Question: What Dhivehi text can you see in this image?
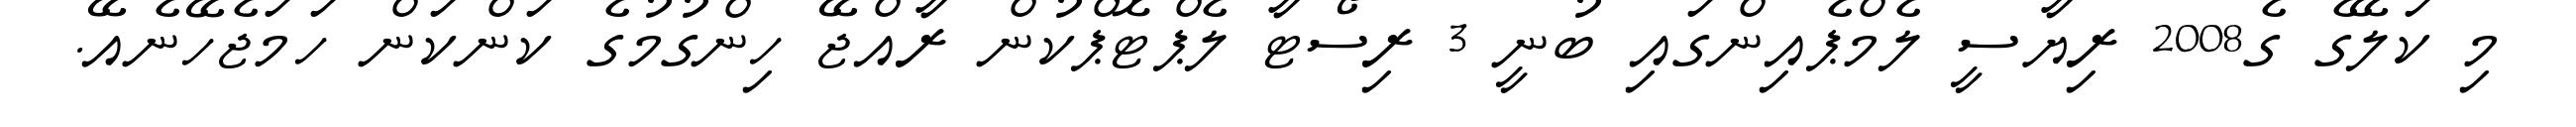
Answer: މި ކަލޭގެ ގެ2008 ރިޔާސީ ލެމްޕެއިންގައި ބުނީ 3 ރިސޯޓާ ލެޕްޓޮޕްކުން ރާއްޖޭ ހިންގުމުގެ ކަންކަން ހަމަޖެހޭނެއޭ.